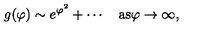
g ( \varphi ) \sim e ^ { \varphi ^ { 2 } } + \cdots \quad \mathrm { a s \varphi \to \infty , }